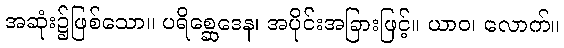
အဆုံး၌ဖြစ်သော။ ပရိစ္ဆေဒေန၊ အပိုင်းအခြားဖြင့်။ ယာဝ၊ လောက်။